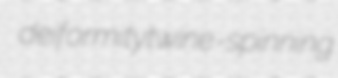
deiformity twine-spinning